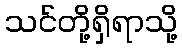
သင်တို့ရှိရာသို့